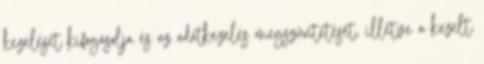
kezelését kifogásolja és az adatkezelés megszüntetését, illetve a kezelt